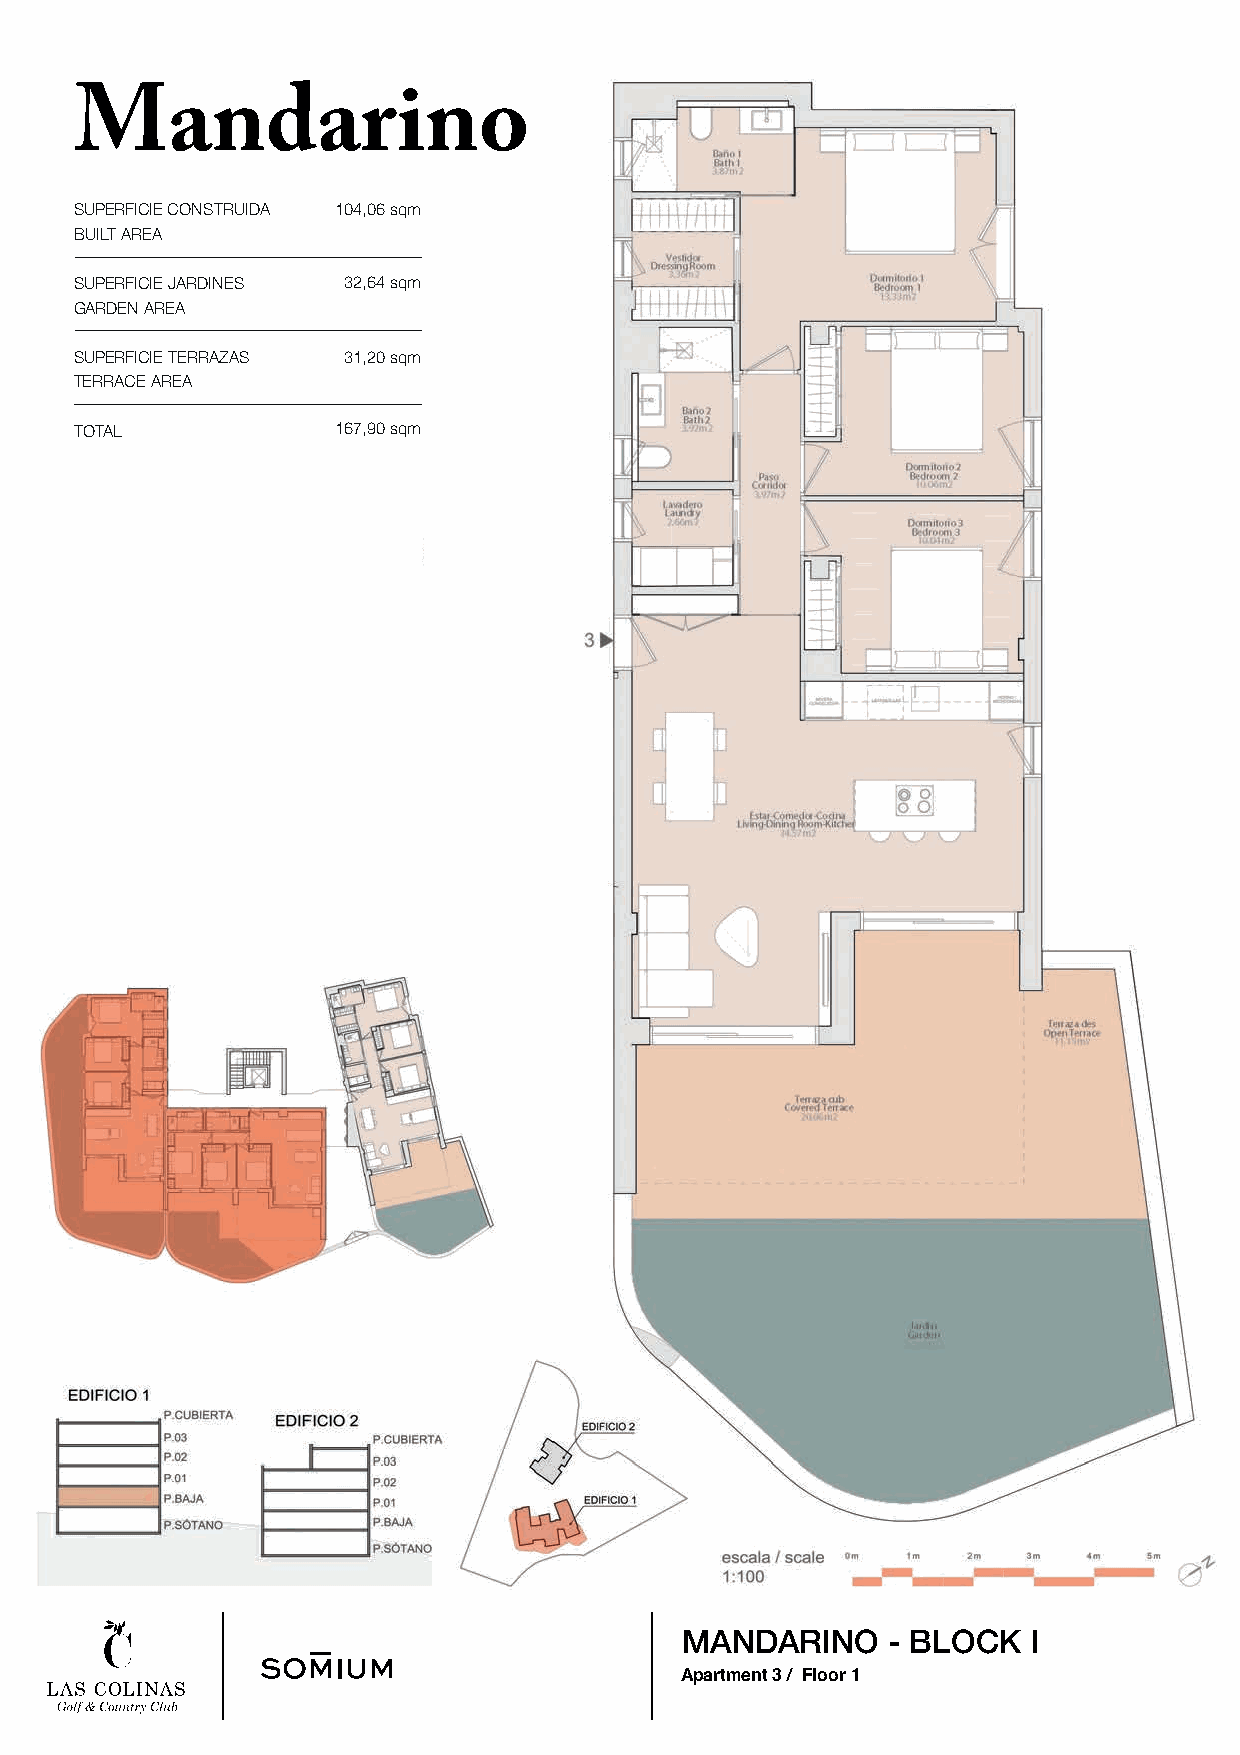
Mandarino
 SUPERFICIE CONSTRUIDA 104,06 sqm
 BUILT AREA
 SUPERFICIE JARDINES 32,64 sqm
 GARDEN AREA
 SUPERFICIE TERRAZAS 31,20 sqm
 TERRACE AREA
 TOTAL            167,90 sqm
 MANDARINO     - BLOCK  I
 Apartment 3 / Floor 1